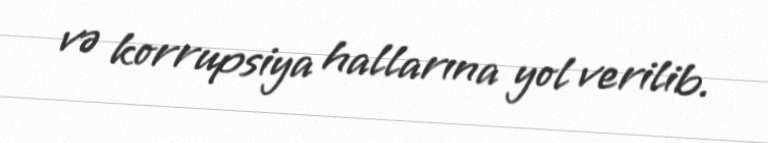
və korrupsiya hallarına yol verilib.